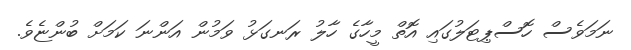
ނަމަވެސް ހޮސްޕިޓަލުގައި އޮތް މީހާގެ ހާލު ރަނގަޅު ވަމުން އަންނަ ކަމަށް ބުންޏެވެ.